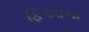
ફિઓના